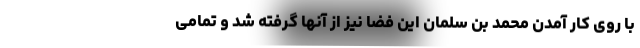
با روی کار آمدن محمد بن سلمان این فضا نیز از آنها گرفته شد و تمامی